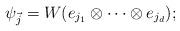
LaTeX: \begin{align*}\psi_{\vec j} = W(e_{j_1}\otimes\cdots \otimes e_{j_d});\end{align*}